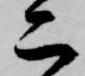
二